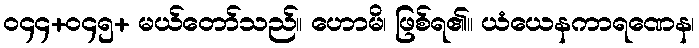
၀၄၄+၀၄၅+ မယ်တော်သည်။ ဟောမိ၊ ဖြစ်ရ၏။ ယံယေနကာရဏေန၊